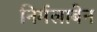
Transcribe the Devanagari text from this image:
निर्मलाबेन